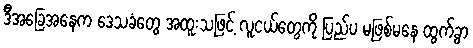
ဒီအခြေအနေက ဒေသခံတွေ အထူးသဖြင့် လူငယ်တွေကို ပြည်ပ မဖြစ်မနေ ထွက်ခွာ